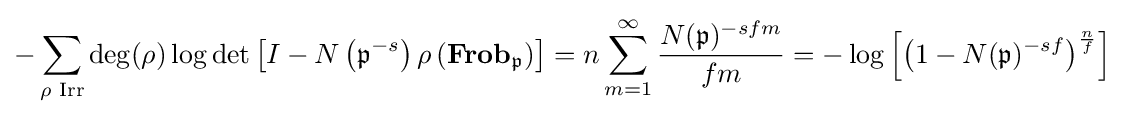
-\sum _{\rho {\text{ Irr}}}\deg(\rho )\log \det \left[I-N\left({\mathfrak {p}}^{-s}\right)\rho \left(\mathbf {Frob} _{\mathfrak {p}}\right)\right]=n\sum _{m=1}^{\infty }{\frac {N({\mathfrak {p}})^{-sfm}}{fm}}=-\log \left[\left(1-N({\mathfrak {p}})^{-sf}\right)^{\frac {n}{f}}\right]